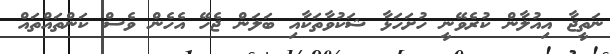
ނަތީޖާ އިއުލާން ކުރެވޭނީ ހުށަހަޅާ ޝަކުވާތަކާއި ބަލަން ޖެހޭ އެހެން ވެސް ކަންތައްތައް